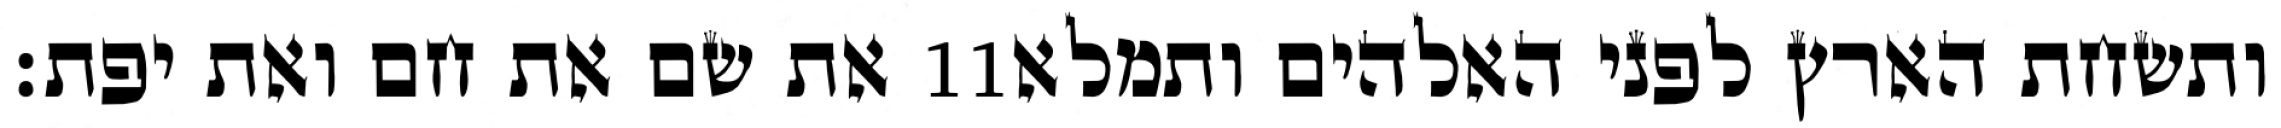
את שם את חם ואת יפת׃ ‎11‏ ותשחת הארץ לפני האלהים ותמלא